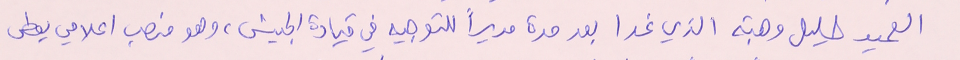
العميد خليل وهبة الذي غدا بعد مدة مديراً للتوجيه في قيادة الجيش، وهو منصب اعلامي يعطى